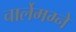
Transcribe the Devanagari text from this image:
चार्लेमग्ने